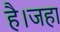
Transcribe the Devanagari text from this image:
है।जहा